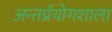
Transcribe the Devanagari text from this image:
अन्तर्प्रयोगशाला